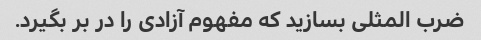
ضرب المثلی بسازید که مفهوم آزادی را در بر بگیرد.